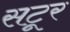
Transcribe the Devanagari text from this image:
सटूर